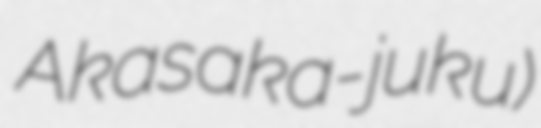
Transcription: Akasaka-juku)